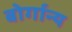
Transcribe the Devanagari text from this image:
बोर्गान्य